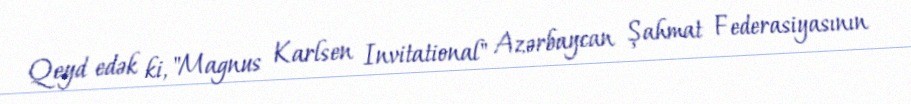
Qeyd edək ki, "Magnus Karlsen Invitational" Azərbaycan Şahmat Federasiyasının